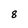
Character: 8